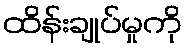
ထိန်းချုပ်မှုကို